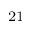
_ { 2 1 }